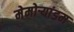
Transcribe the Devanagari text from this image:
मेमोर्‍यांडम